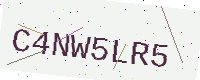
Text: C4NW5LR5